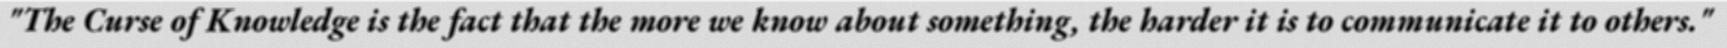
"The Curse of Knowledge is the fact that the more we know about something, the harder it is to communicate it to others."